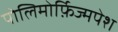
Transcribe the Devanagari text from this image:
पोलिमोर्फ़िज्मपेश